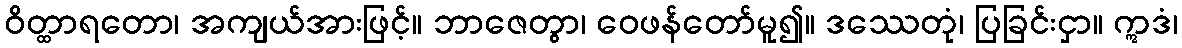
ဝိတ္ထာရတော၊ အကျယ်အားဖြင့်။ ဘာဇေတွာ၊ ဝေဖန်တော်မူ၍။ ဒဿေတုံ၊ ပြခြင်းငှာ။ ဣဒံ၊